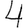
Digit: 4